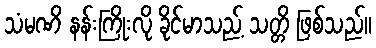
သံမဏိ နန်းကြိုးလို ခိုင်မာသည့် သတ္တိ ဖြစ်သည်။